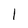
Character: 1